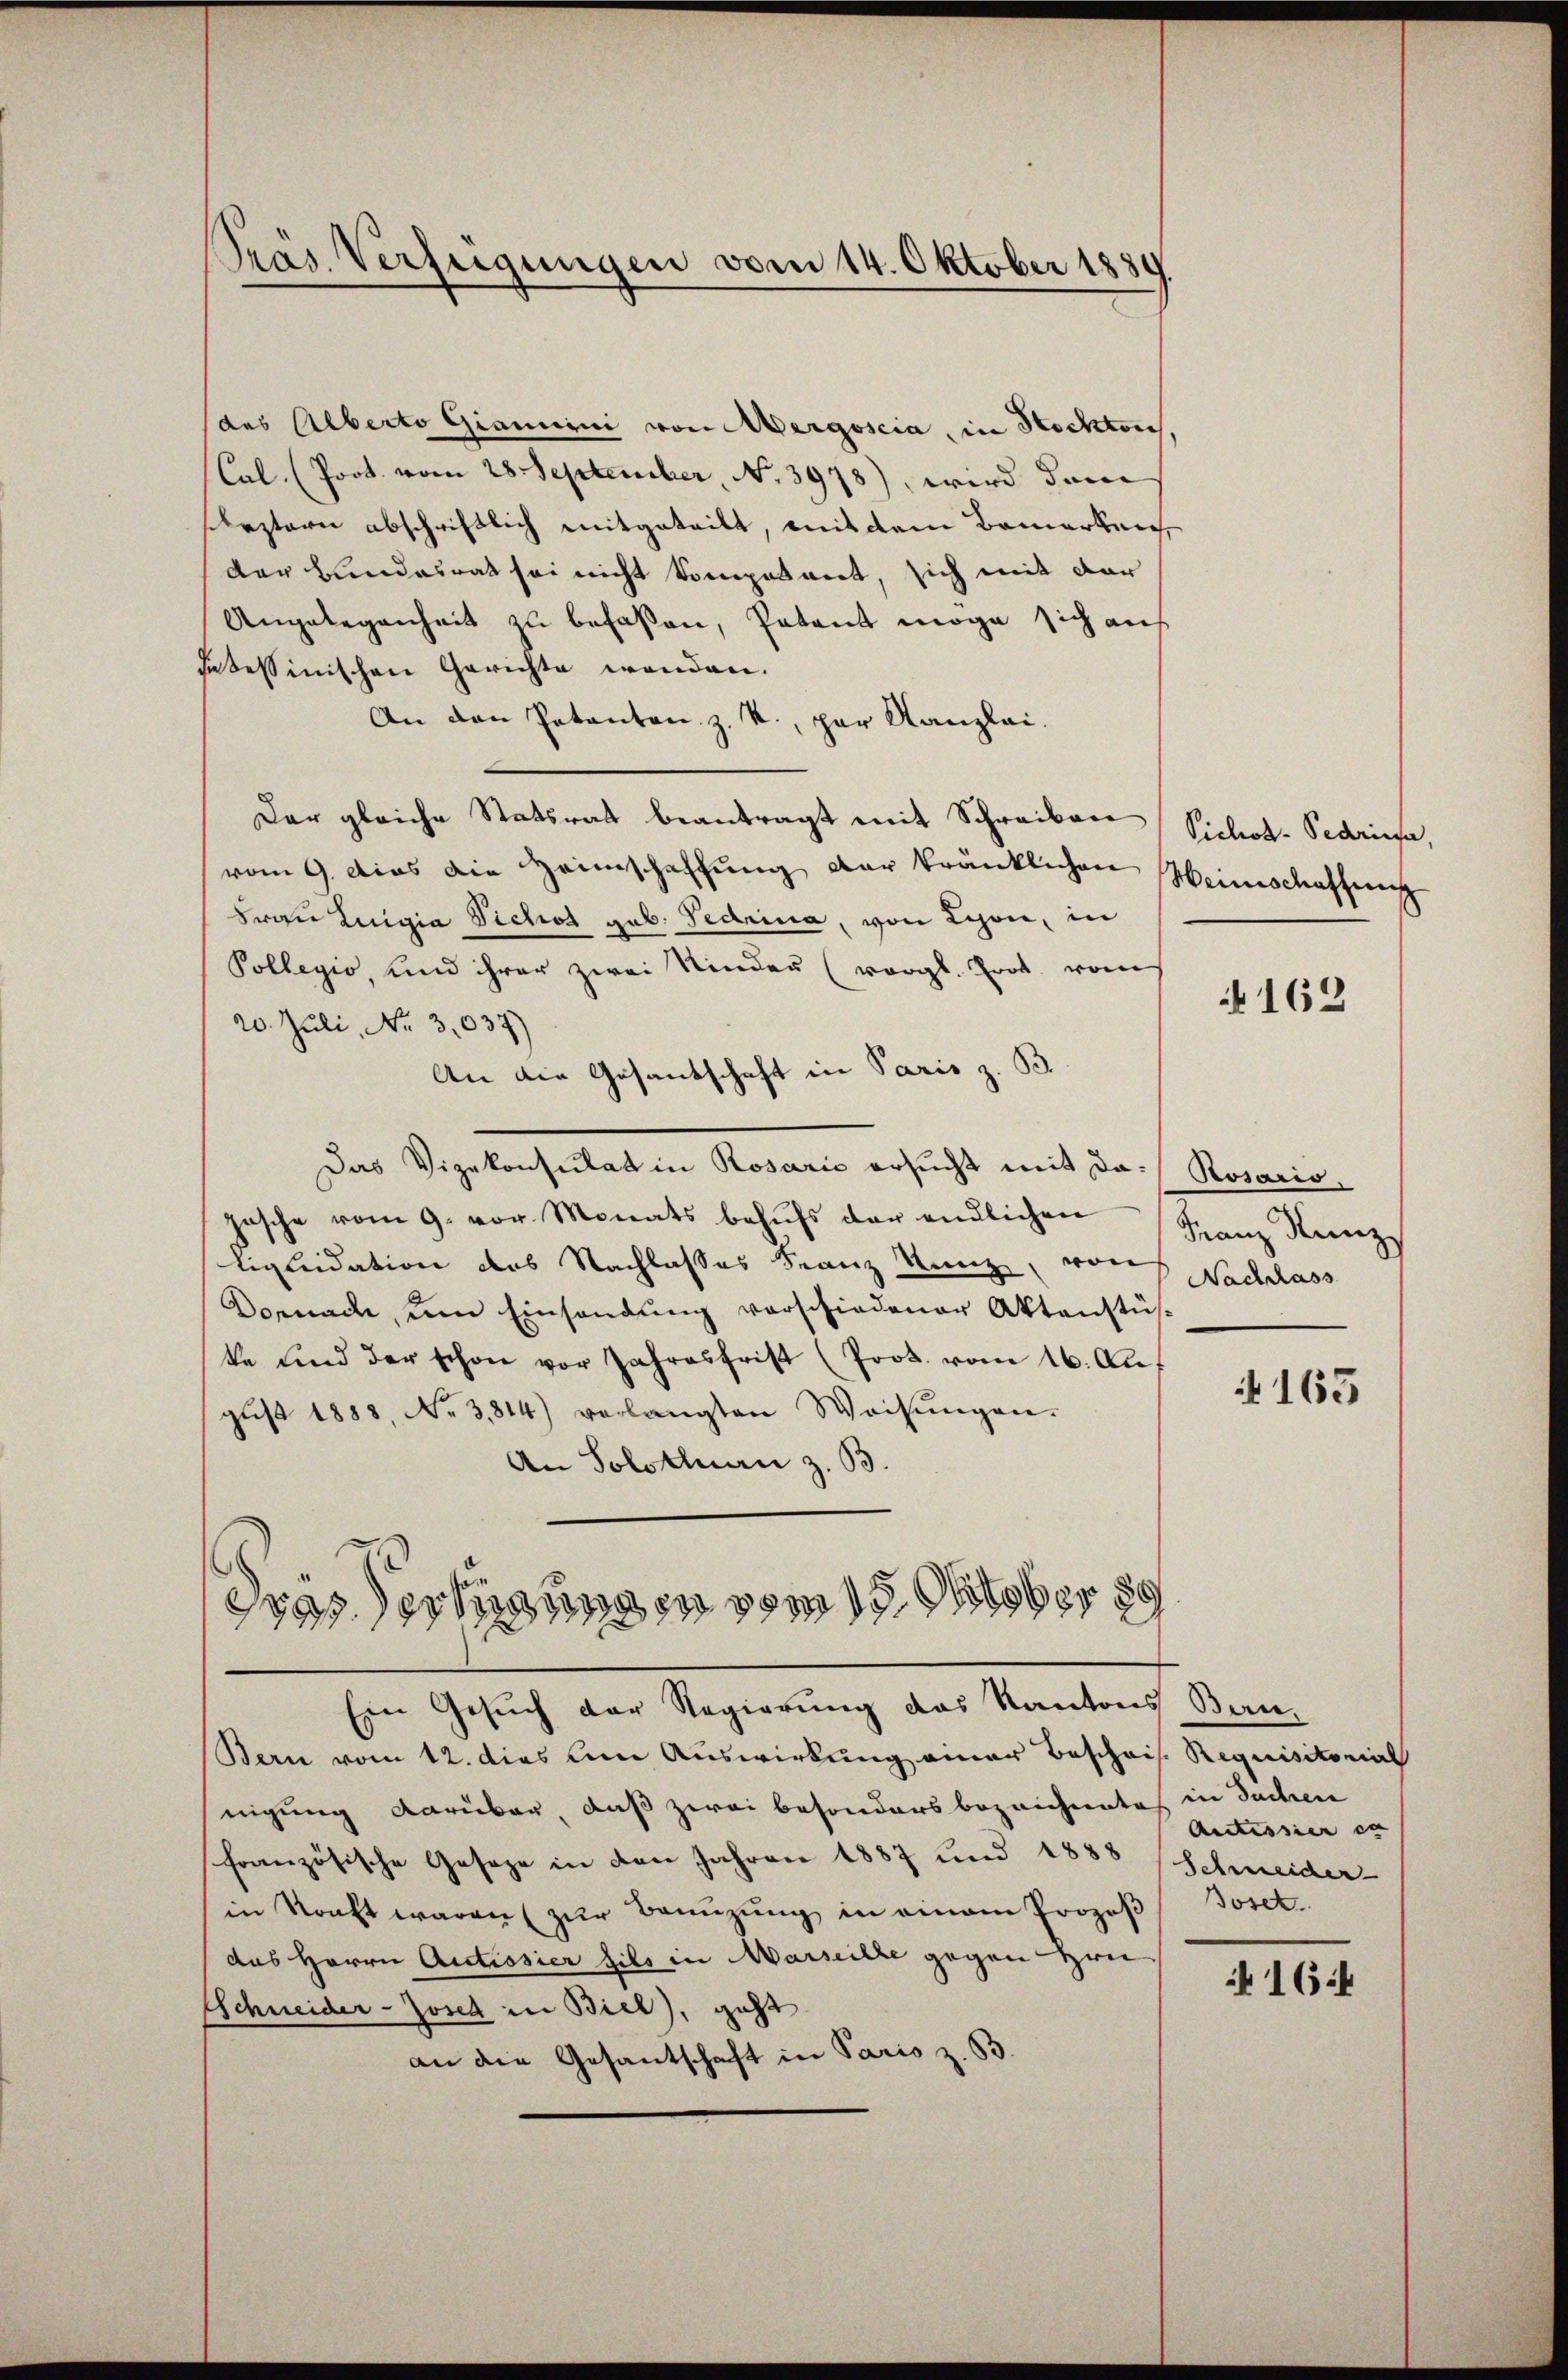
Pras Verfügungen vom 14. Oktober 1889.

(des Alberto Giamirni von Mergoscia, in Hockten
Cal. (Prot. vom 28 September, No. 3978), wird dem
seztern abschriftlich mitgeteilt, mit dem Bemerken,
der Bundesrat sei nicht komposant, sich mit der
Angelegenheit zu befaßen, Patent möge sich auf
sezessinischen Gerichte wenden.
An den Patenten z. R., par Kanzlei.
Der gleiche Statsrat beantragt mit Schreiben
vom 9. dies die Heimschaffŭng der kränklichen Weinschaffung
Frau Luigia Vicht geb. Gedrina, von Lyon, in
Pollegio, und ihrer zwei Kinder (vergl. Prot. vom
20. Juli, No 3,037)
An die Gesandschaft in Paris z. B.
Das Vizekonsulat in Rosario ersucht mit da- Rosaris,
pasche vom 9. vor. Monats behŭfs der endlichen Franz Kunz
Liquidation das Nachlasses Franz Kunz, von Nachlass
Dornach, um Einsendung verschiedener Aktenstüske und der schon vor Jahresfrist (Prot. vom 16. Aŭf
gŭst 1888, No 3,814) verlangten Weisŭngen-
An Solotluan z. B.
esasserungen vom 15 Oktober
5

Ein Gesuch der Regierung das Kantons Bau-

Bern vom 12. dies um Auswirkung einer Beschris Requisitorial
nigung darüber, daß zwei besonders bezeichneten in Sachen
französische Geseze in den Jahren 1887 und 1888
in Kraft waren zur Benzung in einem Prozeß Toset.
das Herrn Antissier hils in Marseille gegen Hrn
Schneider- Josef in Biel), geht
an die Gesantschaft in Paris z. B.

Vichok-Pedringe.

N 162

163

Antisser er
Schneider

164